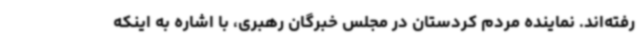
رفته‌اند. نماینده مردم کردستان در مجلس خبرگان رهبری، با اشاره به اینکه